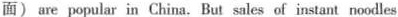
面) are popular in China. But sales of instant noodles